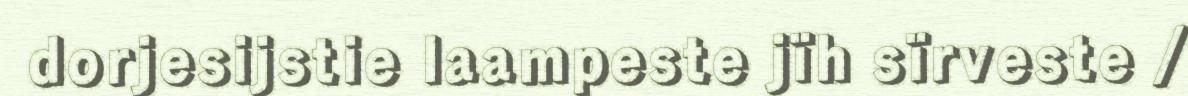
dorjesijstie laampeste jïh sïrveste /